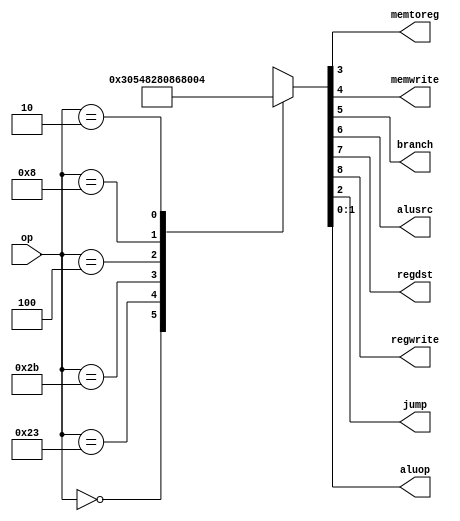
`timescale 1ns / 1ps
// Main controller decoder with each of the operations
// inside a case statement. Ported from the single-cycle MIPS
module maindec(input [5:0] op,
					output memtoreg, memwrite,
					output branch, alusrc,
					output regdst, regwrite,
					output jump,
					output [1:0] aluop);
					
reg [9:0] controls;
assign {regwrite, regdst, alusrc,branch, memwrite,memtoreg, jump, aluop} = controls;

always @(*)

	case(op)
		6'b000000: controls <= 9'b110000010; //Rtyp
		6'b100011: controls <= 9'b101001000; //LW
		6'b101011: controls <= 9'b001010000; //SW
		6'b000100: controls <= 9'b000100001; //BEQ
		6'b001000: controls <= 9'b101000000; //ADDI
		6'b000010: controls <= 9'b000000100; //J
		default: controls <= 9'bxxxxxxxxx; //??? //default to no operation, must be defined so as to not get incorrect output
	endcase
endmodule